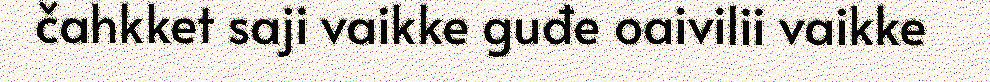
čahkket saji vaikke guđe oaivilii vaikke